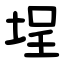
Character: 埕